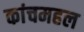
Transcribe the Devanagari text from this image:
कांचमहल